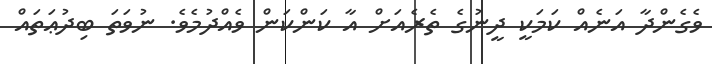
ވެގެންދާ އަނެއް ކަމަކީ ދީނުގެ ތެރެއަށް އާ ކަންކަން ވެއްދުމެވެ. ނުވަތަ ބިދުޢަތައް